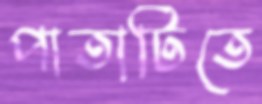
পাতাটিতে